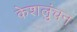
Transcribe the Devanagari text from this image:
केशलुंचन